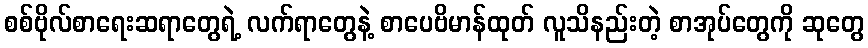
စစ်ဗိုလ်စာရေးဆရာတွေရဲ့ လက်ရာတွေနဲ့ စာပေဗိမာန်ထုတ် လူသိနည်းတဲ့ စာအုပ်တွေကို ဆုတွေ